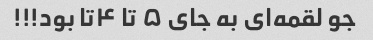
جو لقمه‌ای به جای ۵ تا ۴تا بود!!!